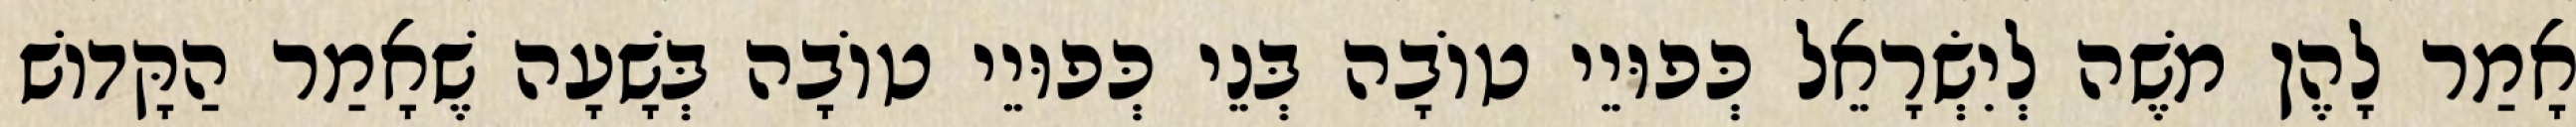
אָמַר לָהֶן מֹשֶׁה לְיִשְׂרָאֵל כְּפוּיֵי טוֹבָה בְּנֵי כְּפוּיֵי טוֹבָה בְּשָׁעָה שֶׁאָמַר הַקָּדוֹשׁ